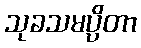
သုခသမပ္ပိတာ